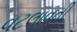
વટલાવતી